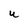
Character: U